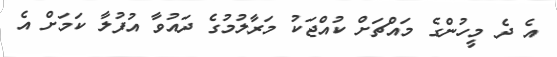
އެ ދެ މީހުންގެ މައްޗަށް ކުއްޖަކު މަރާލުމުގެ ދައުވާ އުފުލާ ކަމަށް އެ